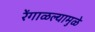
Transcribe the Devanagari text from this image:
रेंगाळल्यामुळे